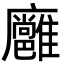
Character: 𢌏